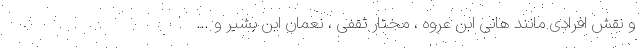
و نقش افرادی مانند هانی ابن عروه ، مختار ثقفی ، نعمان ابن بشیر و …